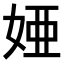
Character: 𫰫